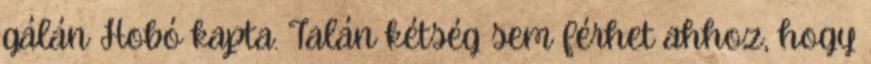
gálán Hobó kapta. Talán kétség sem férhet ahhoz, hogy